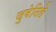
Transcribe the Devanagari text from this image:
जुवेनिले